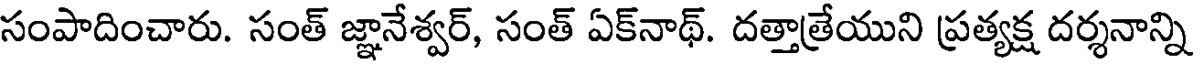
సంపాదించారు. సంత్ జ్ఞానేశ్వర్, సంత్ ఏక్నాథ్. దత్తాత్రేయుని ప్రత్యక్ష దర్శనాన్ని